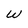
Character: W